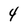
Character: 4